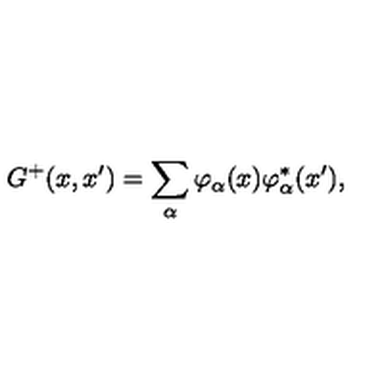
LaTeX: G ^ { + } ( x , x ^ { \prime } ) = \sum _ { \alpha } \varphi _ { \alpha } ( x ) \varphi _ { \alpha } ^ { \ast } ( x ^ { \prime } ) ,